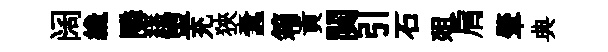
阔纔隣繙盥充狹蠧箱貢闋引石爼肩肇典